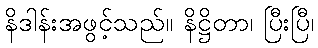
နိဒါန်းအဖွင့်သည်။ နိဋ္ဌိတာ၊ ပြီးပြီ၊